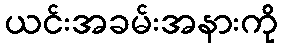
ယင်းအခမ်းအနားကို